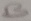
Text: B